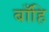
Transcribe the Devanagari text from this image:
बाँहि